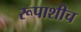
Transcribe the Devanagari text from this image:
रूपाशीच